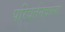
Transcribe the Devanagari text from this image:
परिवर्तनवाला